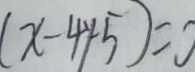
( x - 4 y - 5 ) = 0